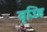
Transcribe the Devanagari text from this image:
वृज्जि